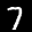
Label: 7